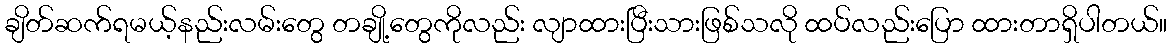
ချိတ်ဆက်ရမယ့်နည်းလမ်းတွေ တချို့တွေကိုလည်း လျာထားပြီးသားဖြစ်သလို ထပ်လည်းပြော ထားတာရှိပါတယ်။